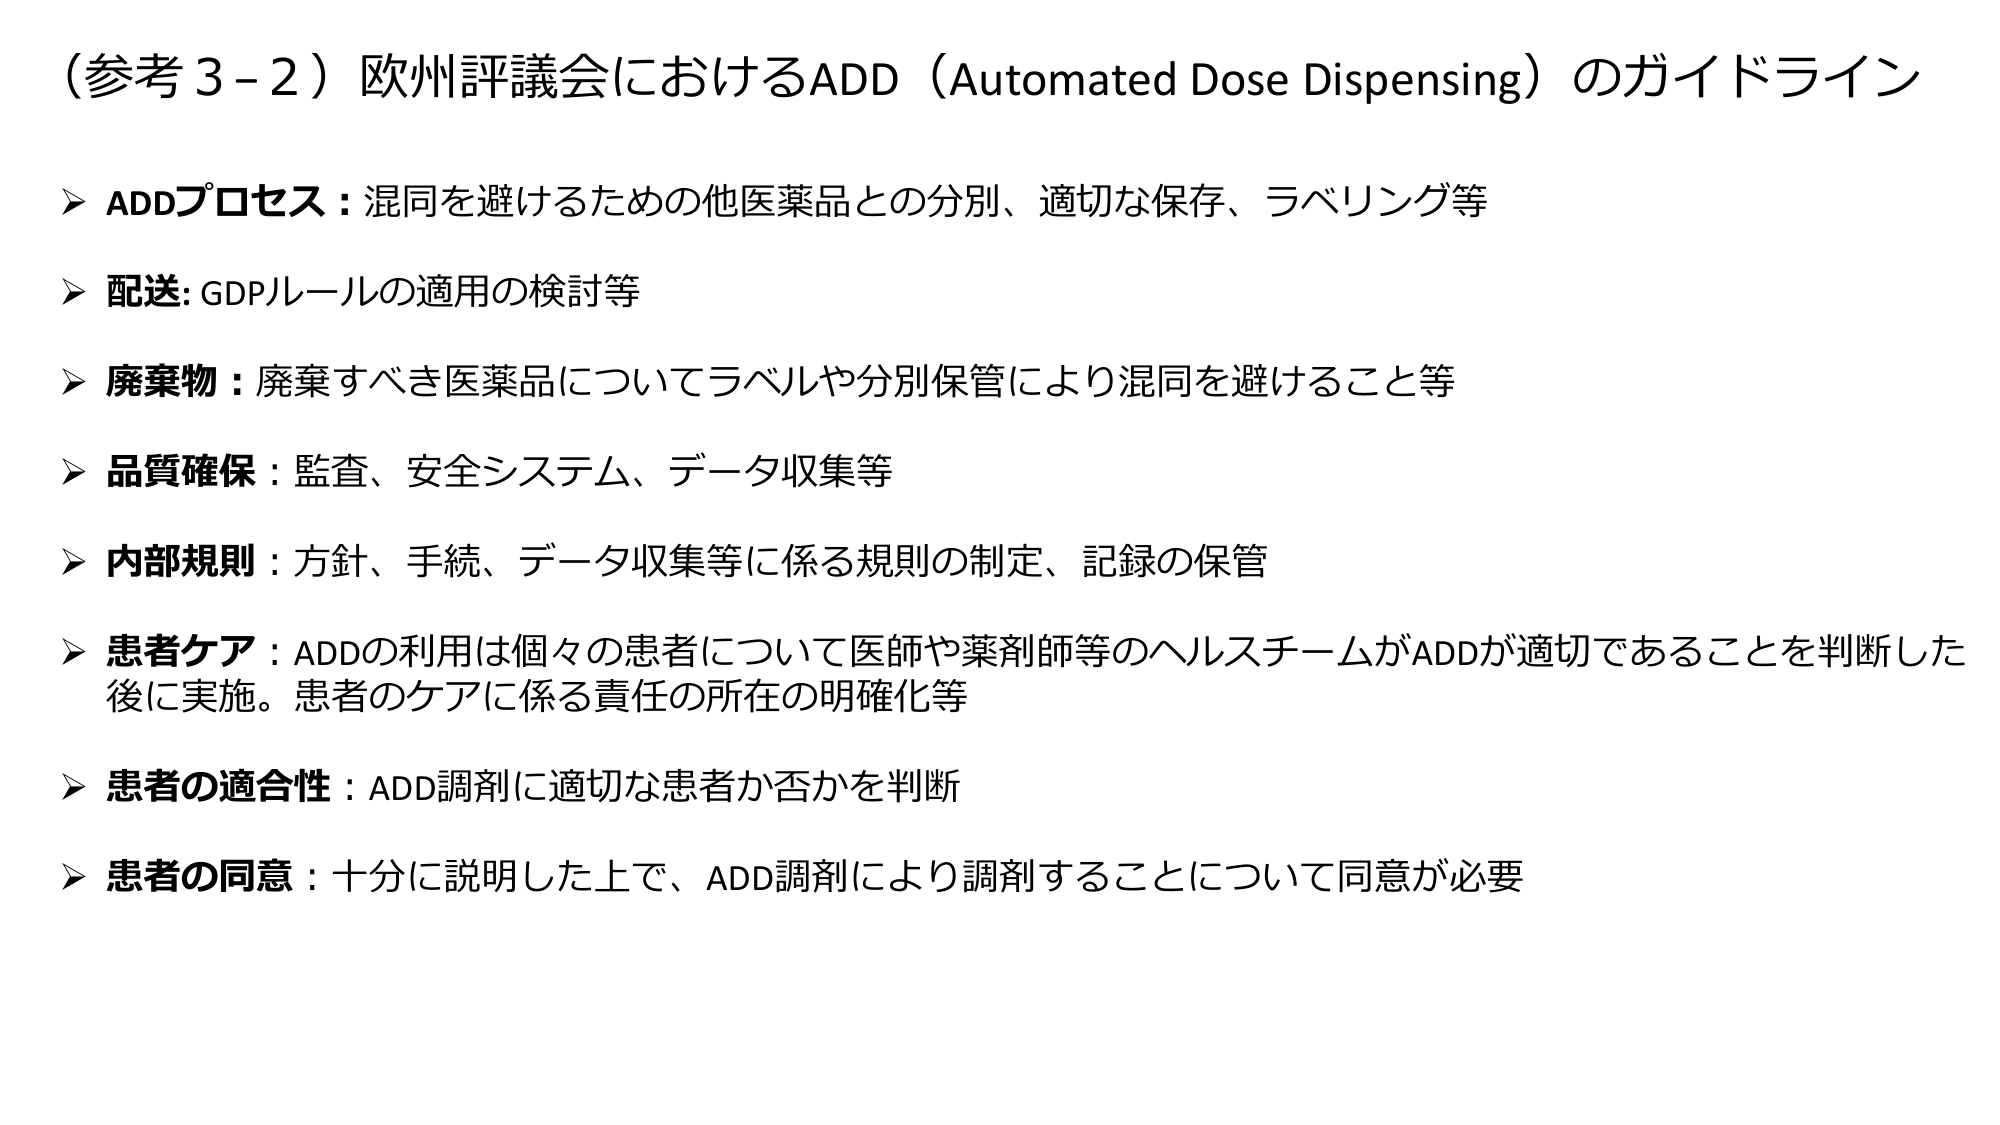
（参考３-２）欧州評議会におけるADD（Automated Dose Dispensing）のガイドライン

➤ ADDプロセス：混同を避けるための他医薬品との分別、適切な保存、ラベリング等

➤ 配送：GDPルールの適用の検討等

➤ 廃棄物：廃棄すべき医薬品についてラベルや分別保管により混同を避けること等

➤ 品質確保：監査、安全システム、データ収集等

➤ 内部規則：方針、手続、データ収集等に係る規則の制定、記録の保管

➤ 患者ケア：ADDの利用は個々の患者について医師や薬剤師等のヘルスチームがADDが適切であることを判断した後に実施。患者のケアに係る責任の所在の明確化等

➤ 患者の適合性：ADD調剤に適切な患者か否かを判断

➤ 患者の同意：十分に説明した上で、ADD調剤により調剤することについて同意が必要